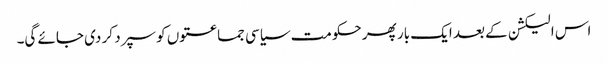
اس الیکشن کے بعد ایک بار پھر حکومت سیاسی جماعتوں کو سپرد کر دی جائے گی۔